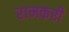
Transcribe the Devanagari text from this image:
रामकरी